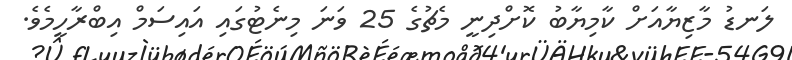
ލަނޑު މާޒިޔާއަށް ކާމިޔާބު ކޮށްދިނީ މެޗުގެ 25 ވަނަ މިނެޓުގައި އައިސަމް އިބްރާހީމެވެ.